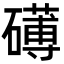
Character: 礡